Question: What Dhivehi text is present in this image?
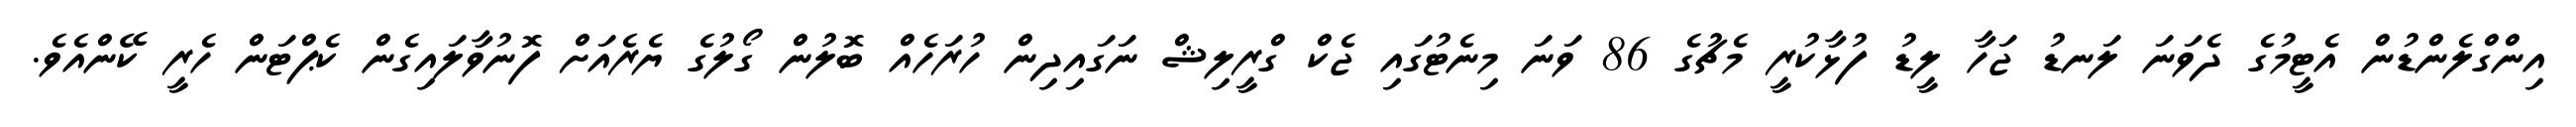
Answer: އިންގްލެންޑުން އެޓީމުގެ ދެވަނަ ލަނޑު ޖަހާ ލީޑު ފުޅާކުރީ މެޗުގެ 86 ވަނަ މިނެޓުގައި ޖެކް ގްރީލިޝް ނަގައިދިން ހުރަހެއް ބޮލުން ގޯލުގެ ޔެރެއަށް ފޮނުވާލައިގެން ކެޕްޓަން ހެރީ ކޭންއެވެ.